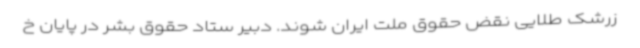
زرشک طلایی نقض حقوق ملت ایران شوند. دبیر ستاد حقوق بشر در پایان خ